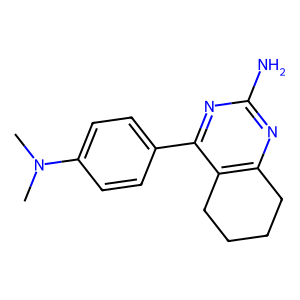
SMILES: CN(C)c1ccc(-c2nc(N)nc3c2CCCC3)cc1
Inhibits HIV replication: No